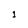
Character: 1